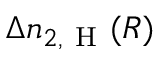
\Delta n _ { 2 , \mathrm { ~ H ~ } } ( R )